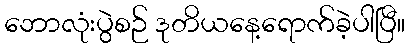
ဘောလုံးပွဲစဉ် ဒုတိယနေ့ရောက်ခဲ့ပါပြီ။